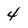
Character: 4